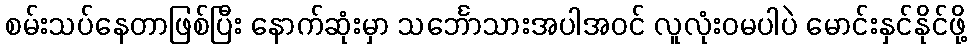
စမ်းသပ်နေတာဖြစ်ပြီး နောက်ဆုံးမှာ သင်္ဘောသားအပါအဝင် လူလုံးဝမပါပဲ မောင်းနှင်နိုင်ဖို့